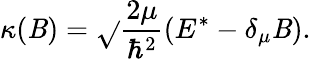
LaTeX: \kappa(\mathit{B})=\sqrt{}{{\frac{{2\mu}}{{\hbar^{2}}}(E^{*}-\delta_{\mu}\mathit{B})}}.